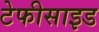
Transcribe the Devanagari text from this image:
टेफीसाइड